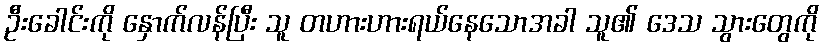
ဦးခေါင်းကို နှောက်လန်ပြီး သူ တဟားဟားရယ်နေသောအခါ သူ၏ ဒေသ သွားတွေကို